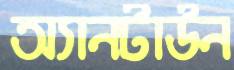
অ্যানটাউন